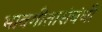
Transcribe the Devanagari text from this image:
भावगीतासंबंधी